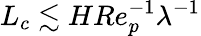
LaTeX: L_{c}\lesssim HRe_{p}^{-1}\lambda^{-1}